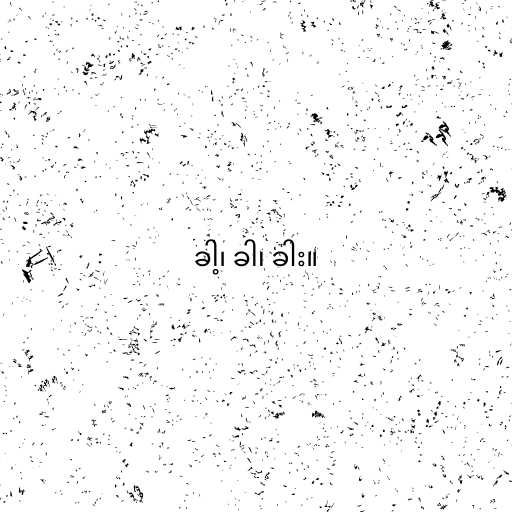
ခါ့၊ ခါ၊ ခါး။